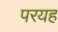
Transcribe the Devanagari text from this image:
परयह